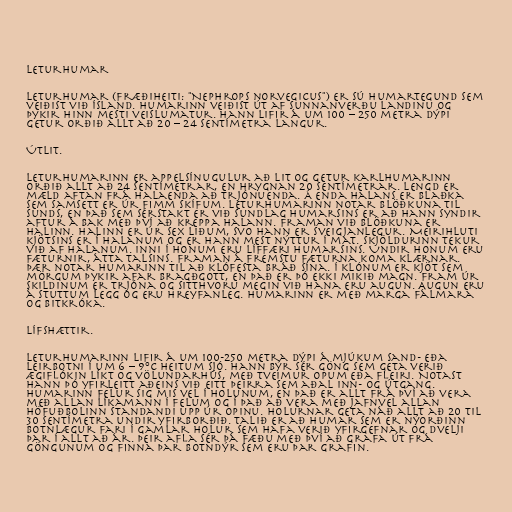
Leturhumar

Leturhumar (fræðiheiti: "Nephrops norvegicus") er sú humartegund sem
veiðist við Ísland. Humarinn veiðist út af sunnanverðu landinu og
þykir hinn mesti veislumatur. Hann lifir á um 100 – 250 metra dýpi
getur orðið allt að 20 – 24 sentímetra langur.

Útlit.

Leturhumarinn er appelsínugulur að lit og getur karlhumarinn
orðið allt að 24 sentímetrar, en hrygnan 20 sentímetrar. Lengd er
mæld aftan frá halaenda að trjónuenda. Á enda halans er blaðka
sem samsett er úr fimm skífum. Leturhumarinn notar blöðkuna til
sunds, en það sem sérstakt er við sundlag humarsins er að hann syndir
aftur á bak með því að kreppa halann. Framan við blöðkuna er
halinn. Halinn er úr sex liðum, svo hann er sveigjanlegur. Meirihluti
kjötsins er í halanum og er hann mest nýttur í mat. Skjöldurinn tekur
við af halanum. Inni í honum eru líffæri humarsins. Undir honum eru
fæturnir, átta talsins. Framan á fremstu fæturna koma klærnar.
Þær notar humarinn til að klófesta bráð sína. Í klónum er kjöt sem
mörgum þykir afar bragðgott, en það er þó ekki mikið magn. Fram úr
skildinum er trjóna og sitthvoru megin við hana eru augun. Augun eru
á stuttum legg og eru hreyfanleg. Humarinn er með marga fálmara
og bitkróka.

Lífshættir.

Leturhumarinn lifir á um 100-250 metra dýpi á mjúkum sand- eða
leirbotni í um 6 – 9°C heitum sjó. Hann býr sér göng sem geta verið
ægiflókin líkt og völundarhús, með tveimur opum eða fleiri. Notast
hann þó yfirleitt aðeins við eitt þeirra sem aðal inn- og útgang.
Humarinn felur sig mis vel í holunum, en það er allt frá því að vera
með allan líkamann í felum og í það að vera með jafnvel allan
höfuðbolinn standandi upp úr opinu. Holurnar geta náð allt að 20 til
30 sentímetra undir yfirborðið. Talið er að humar sem er nýorðinn
botnlægur fari í gamlar holur sem hafa verið yfirgefnar og dvelji
þar í allt að ár. Þeir afla sér þá fæðu með því að grafa út frá
göngunum og finna þar botndýr sem eru þar grafin.